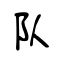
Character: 队